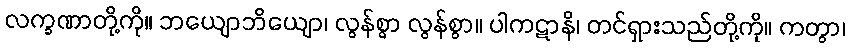
လက္ခဏာတို့ကို။ ဘယျောဘိယျော၊ လွန်စွာ လွန်စွာ။ ပါကဋာနိ၊ တင်ရှားသည်တို့ကို။ ကတွာ၊